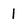
Character: 1